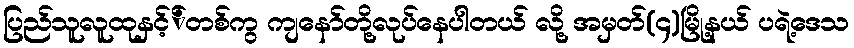
ပြည်သူလူထုနှင့််တစ်ကွ ကျနော်တို့လုပ်နေပါတယ် လို့ အမှတ်(၄)မြို့နယ် ပရဲ့ဒေသ